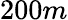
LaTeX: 200m